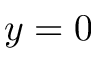
y = 0